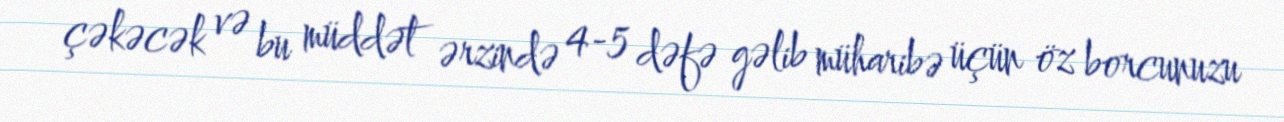
çəkəcək və bu müddət ərzində 4-5 dəfə gəlib müharibə üçün öz borcunuzu